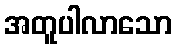
အတူပါလာသော